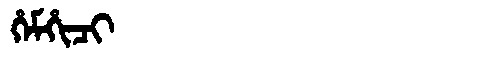
Manchu: ᡥᡝᠮᡥᡳᠴᡳ
Romanization: HEMHICI